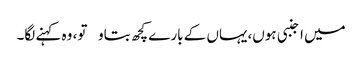
میں اجنبی ہوں،یہاں کے بارے کچھ بتاو تو، وہ کہنے لگا۔